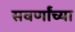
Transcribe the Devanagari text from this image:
सवर्णांच्या